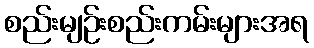
စည်းမျဉ်းစည်းကမ်းများအရ